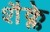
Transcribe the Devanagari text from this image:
शैक्ले